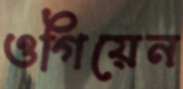
ওগিয়েন